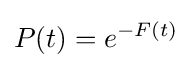
P(t)=e^{-F(t)}